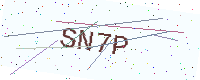
Text: SN7P